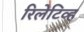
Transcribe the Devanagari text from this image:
रिलेटिव्ह